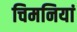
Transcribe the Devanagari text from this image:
चिमनियां